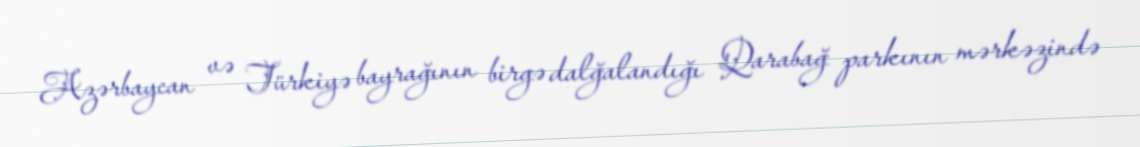
Azərbaycan və Türkiyə bayrağının birgə dalğalandığı Qarabağ parkının mərkəzində